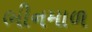
ભીનમાળ